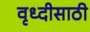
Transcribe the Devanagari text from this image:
वृध्दीसाठी